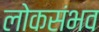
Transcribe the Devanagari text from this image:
लोकसंभव